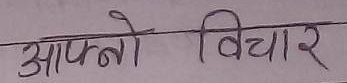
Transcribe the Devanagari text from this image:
आफ्नो विचार